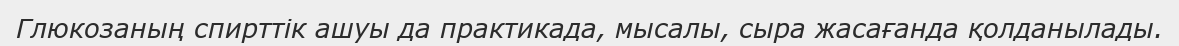
Глюкозаның спирттік ашуы да практикада, мысалы, сыра жасағанда қолданылады.